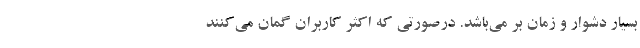
بسیار دشوار و زمان بر می‌باشد. درصورتی که اکثر کاربران گمان می‌کنند